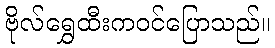
ဗိုလ်ရွှေထီးကဝင်ပြောသည်။